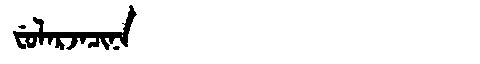
Manchu: ᠸᡠᠯᠠᡵᠵᠠᠴᡳᠨᠠ
Romanization: FULARJACINA